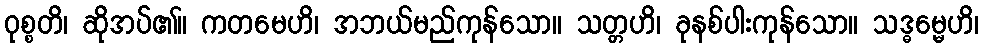
ဝုစ္စတိ၊ ဆိုအပ်၏။ ကတမေဟိ၊ အဘယ်မည်ကုန်သော။ သတ္တဟိ၊ ခုနစ်ပါးကုန်သော။ သဒ္ဓမ္မေဟိ၊